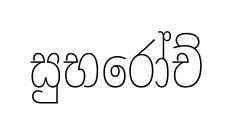
සුභරෝච්